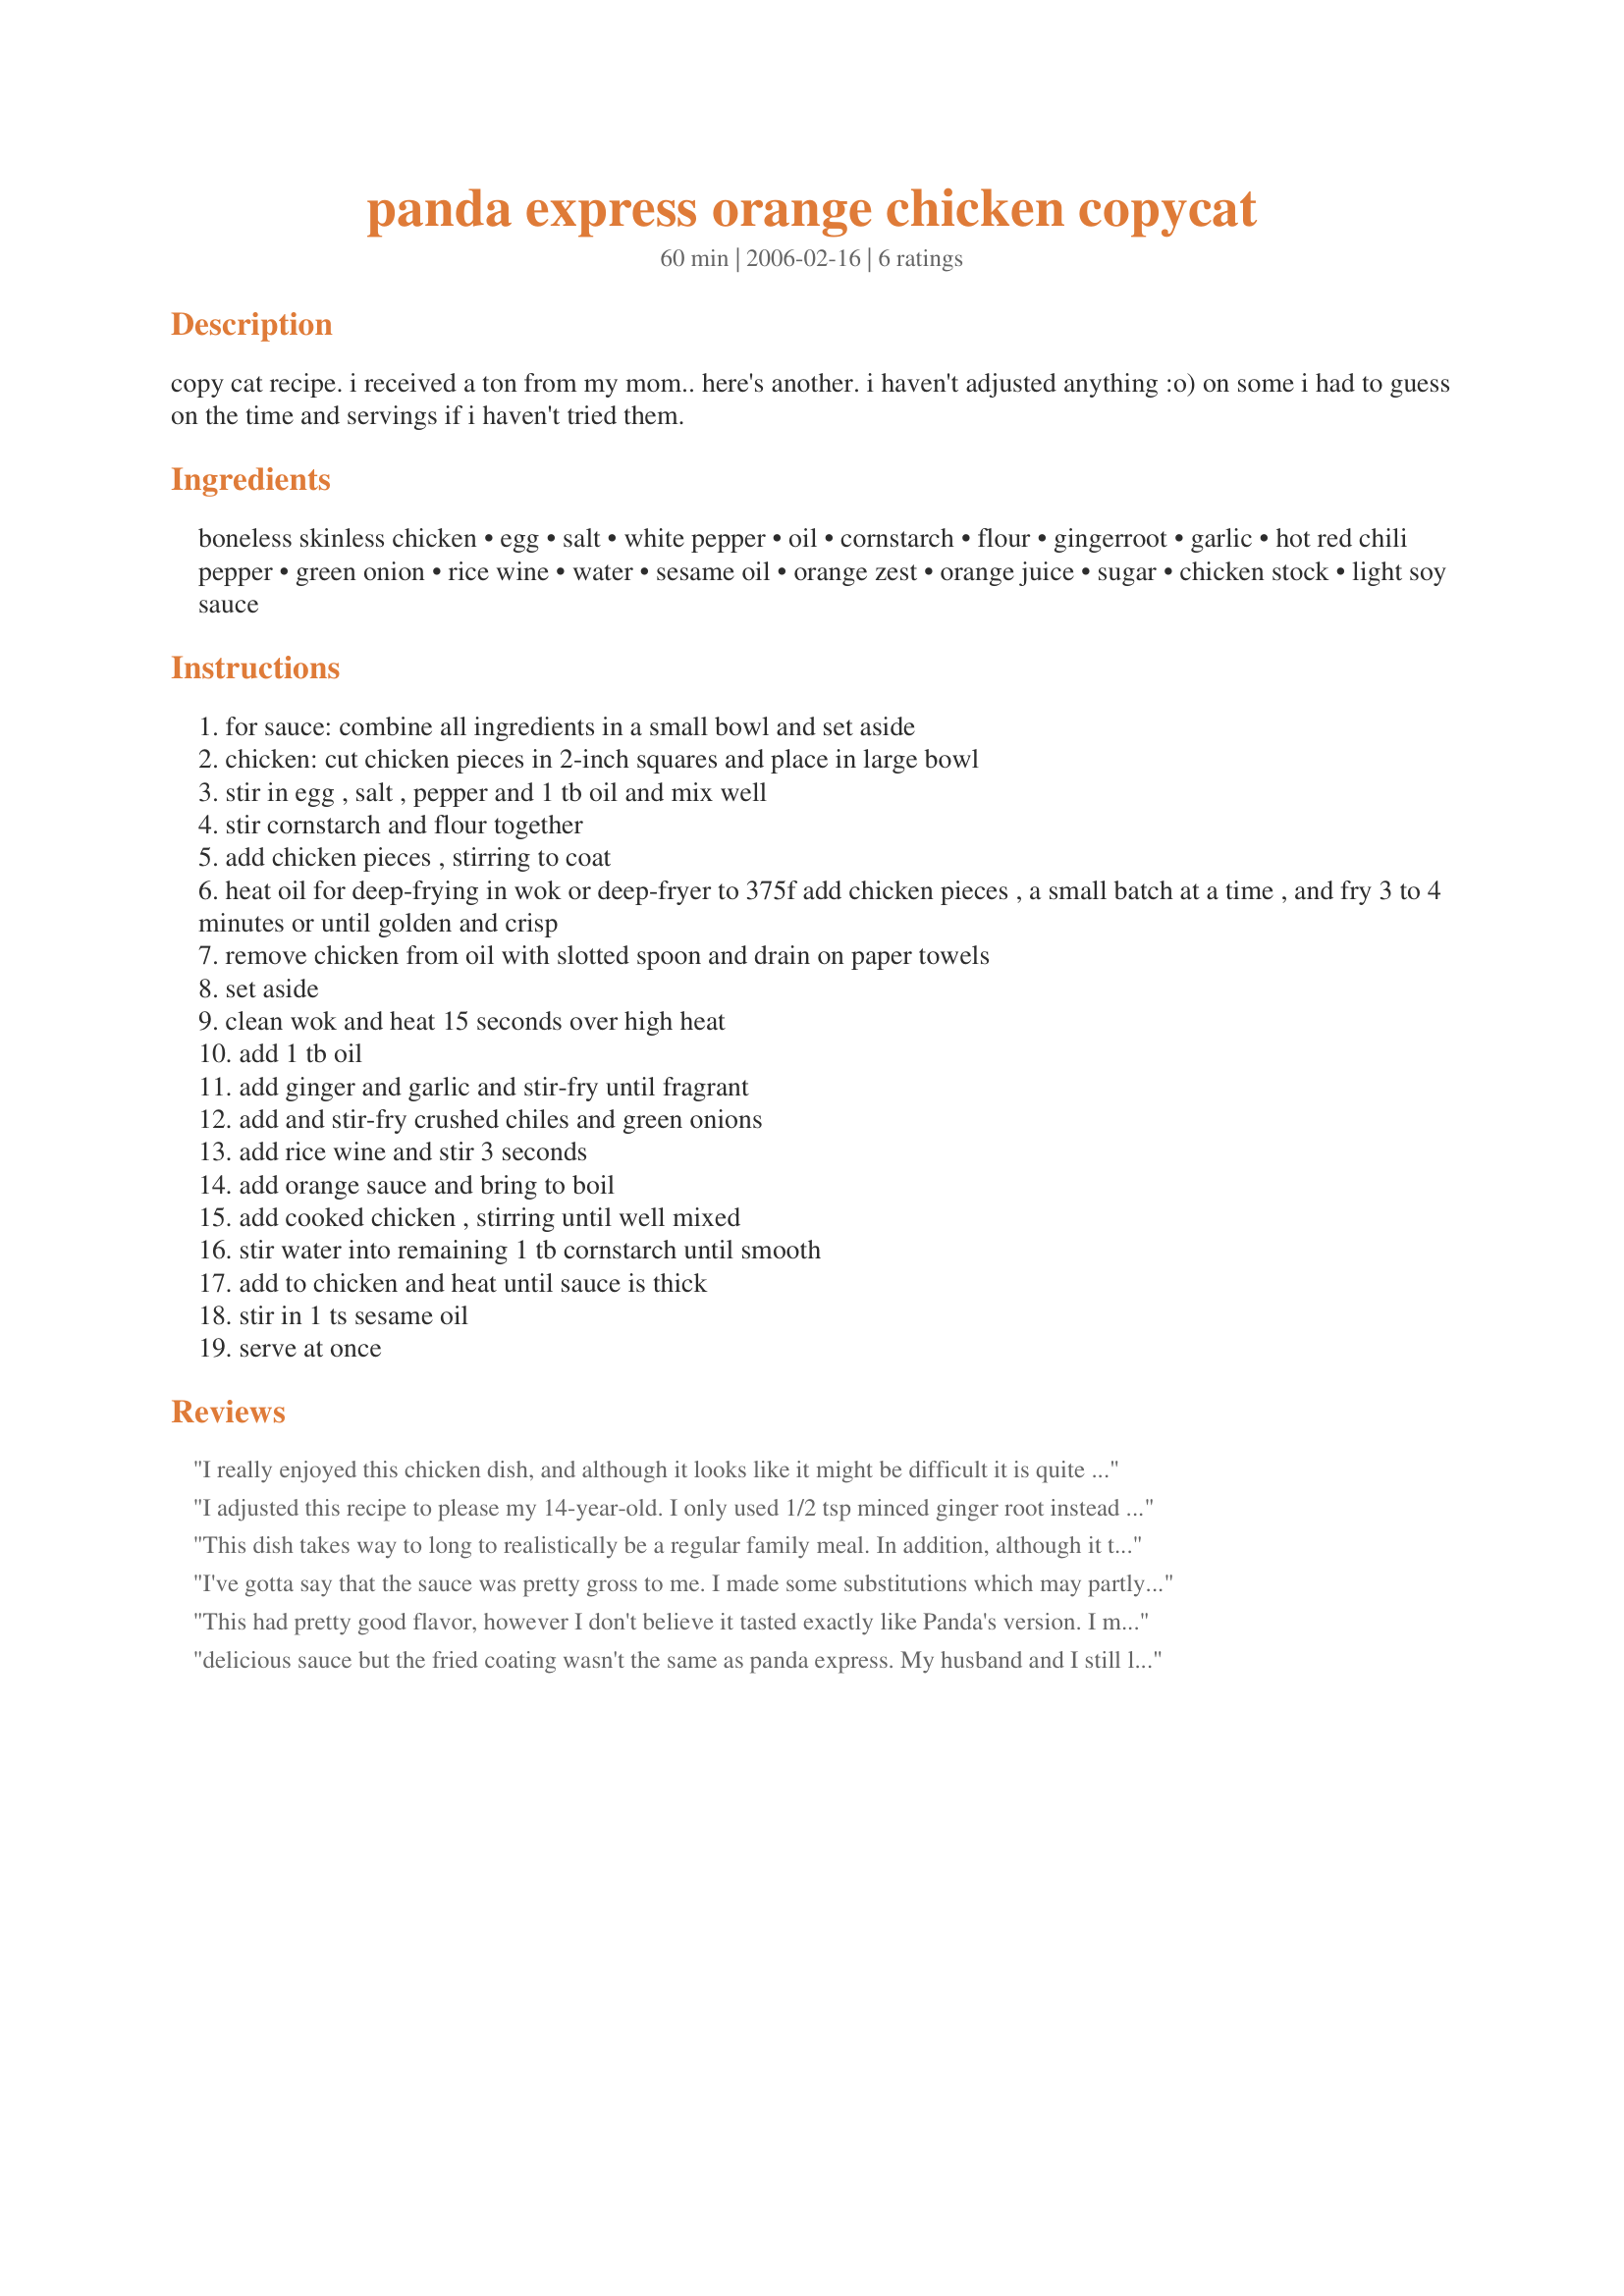
panda express orange chicken copycat
Preparation time: 60 minutes

copy cat recipe. i received a ton from my mom.. here's another. i haven't adjusted anything :o) on some i had to guess on the time and servings if i haven't tried them.

Ingredients:
boneless skinless chicken, egg, salt, white pepper, oil, cornstarch, flour, gingerroot, garlic, hot red chili pepper, green onion, rice wine, water, sesame oil, orange zest, orange juice, sugar, chicken stock, light soy sauce

Steps:
for sauce: combine all ingredients in a small bowl and set aside
chicken: cut chicken pieces in 2-inch squares and place in large bowl
stir in egg , salt , pepper and 1 tb oil and mix well
stir cornstarch and flour together
add chicken pieces , stirring to coat
heat oil for deep-frying in wok or deep-fryer to 375f add chicken pieces , a small batch at a time , and fry 3 to 4 minutes or until golden and crisp
remove chicken from oil with slotted spoon and drain on paper towels
set aside
clean wok and heat 15 seconds over high heat
add 1 tb oil
add ginger and garlic and stir-fry until fragrant
add and stir-fry crushed chiles and green onions
add rice wine and stir 3 seconds
add orange sauce and bring to boil
add cooked chicken , stirring until well mixed
stir water into remaining 1 tb cornstarch until smooth
add to chicken and heat until sauce is thick
stir in 1 ts sesame oil
serve at once

Reviews:
I really enjoyed this chicken dish, and although it looks like it might be difficult it is quite easy. Prep and have everything ready and you will not be disappointed in this! I used a tad more red pepper flakes and also used ground ginger as I had no gingeroot. For my first try at Orange Chicken I will say that this is something I will be making again. Thank you! :)
I adjusted this recipe to please my 14-year-old. I only used 1/2 tsp minced ginger root instead of 1 T. For the Orange Sauce I used 1 1/2 T soy sauce, 1 1/2 T orange guice, 4 T sugar, 5 T white vinegar, orange zest to taste. I also serve it with toasted sesame seeds on top as it is done in the fine dining restos in New York City.
This dish takes way to long to realistically be a regular family meal. In addition, although it tasted fine, it did not remotely remind me of the panda express version. If you make this recipe, be sure to multiply the sauce ingredients by 10, as the portions listed do not make enough sauce to cover one serving,let alone the 2 lbs of chicken called for.
I've gotta say that the sauce was pretty gross to me. I made some substitutions which may partly explain the awful flavor. Or perhaps it's because I multiplied this up to 18 servings and something didn't scale right. In any case... the sauce was way too bitter and tasted like it needed a ton more sugar or way less orange zest.<br/><br/>Substitutions:<br/>Chicken Stock -> Chicken Ramen Broth<br/>Orange Juice -> Tang<br/>Rice Wine -> Sherry<br/>Orange Zest -> Orange Peel from a store shaker (probably where the bitterness came from)
This had pretty good flavor, however I don't believe it tasted exactly like Panda's version. I made as directed except that I stir-fryed instead of deep fried and I also forgot the ginger.

I used 3 chicken breasts and doubled the sauce. A single serving of of sauce would not have been enough. This made enough for 2 adults and 2 children with a little left over for lunch.

I served with Take-Out Fried Rice #156590.

All in all not a bad recipe and one that I will definitely make again. I gave it four stars simply because it didn't taste exactly like Panda's version.
delicious sauce but the fried coating wasn't the same as panda express. My husband and I still loved it and I'll definitely be making this sauce much more.
